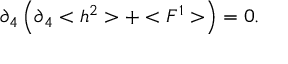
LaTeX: \partial _ { 4 } \left( \partial _ { 4 } < h ^ { 2 } > + < F ^ { 1 } > \right) = 0 .